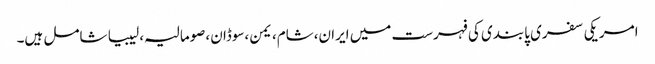
امریکی سفری پابندی کی فہرست میں ایران،شام،یمن،سوڈان،صومالیہ،لیبیا شامل ہیں۔